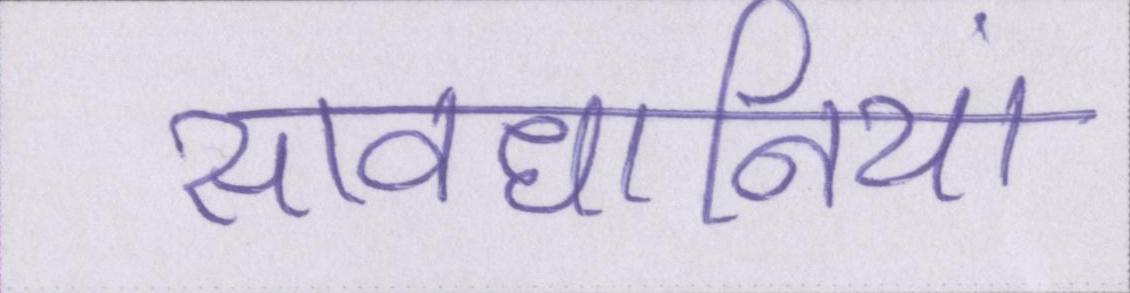
सावधानियां